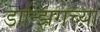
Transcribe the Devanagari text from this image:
डान्झिगच्या